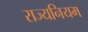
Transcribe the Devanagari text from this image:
राज्यनियम